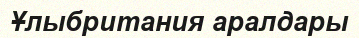
Ұлыбритания аралдары